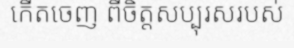
កើតចេញ ពីចិត្តសប្បុរសរបស់